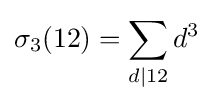
\sigma _{3}(12)=\sum _{d|12}d^{3}